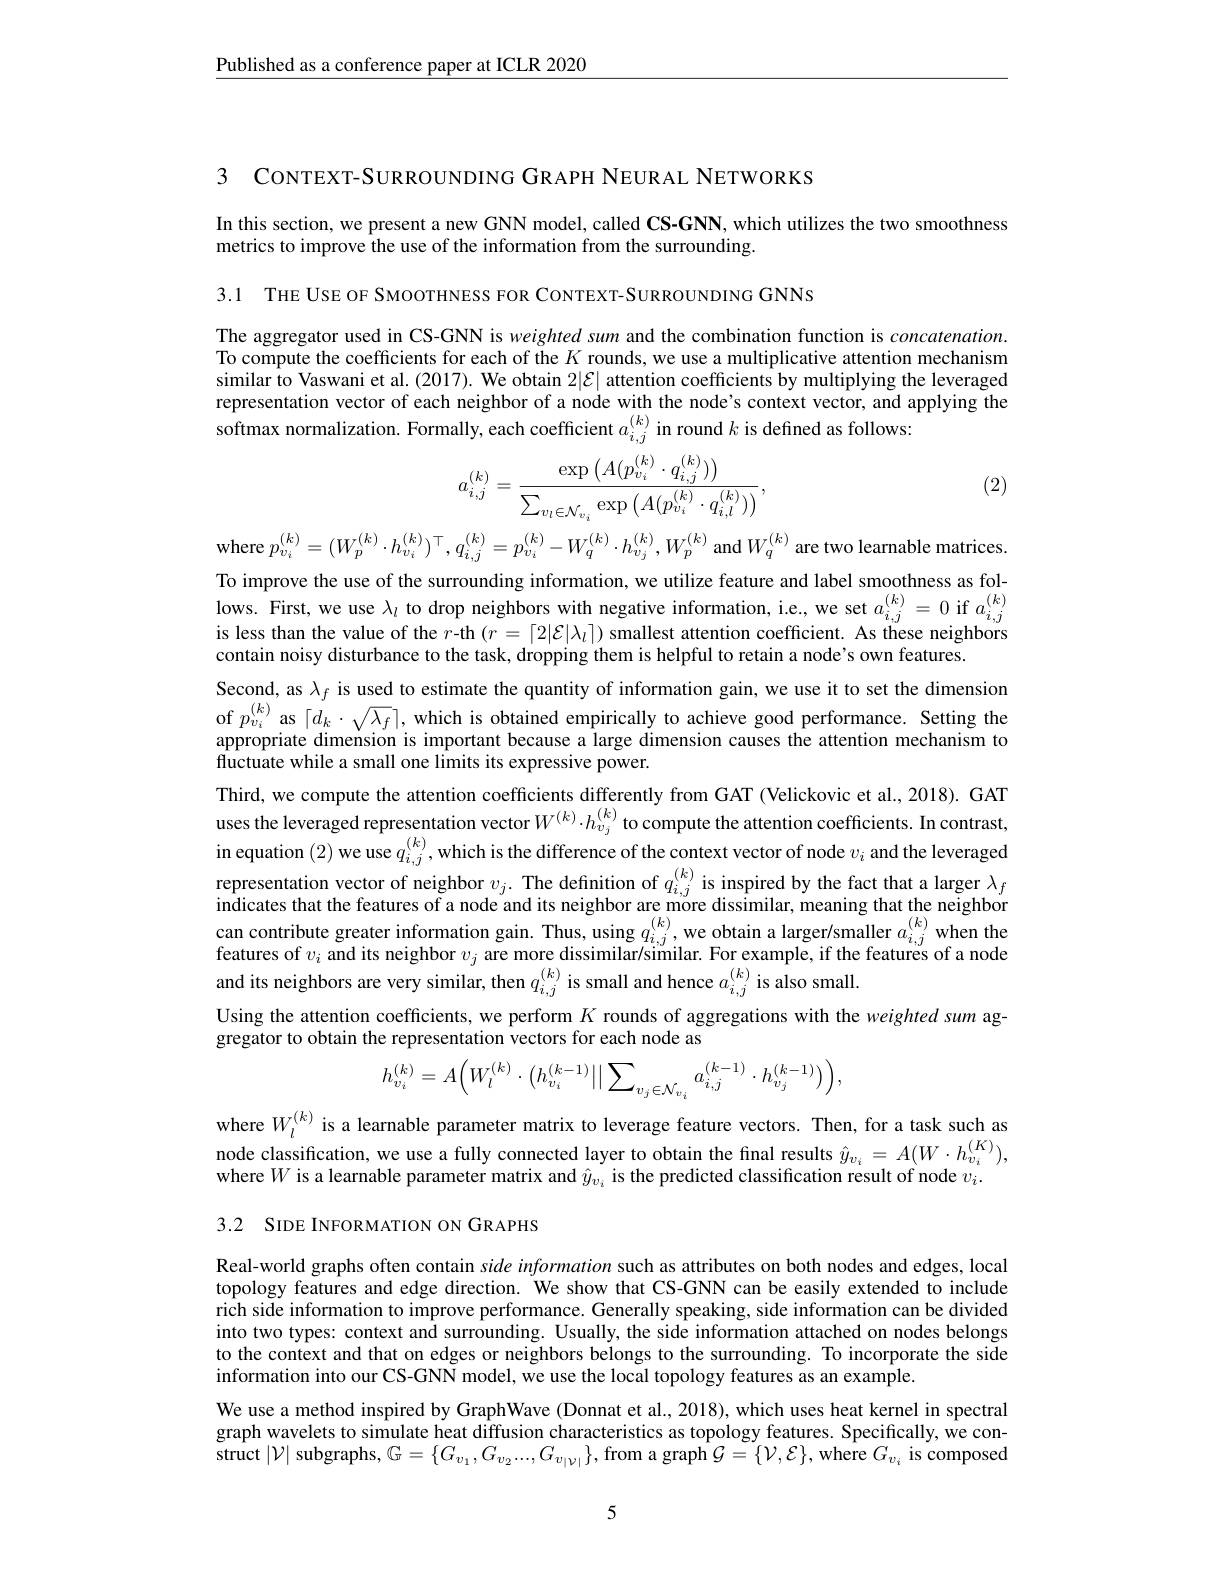
$\underline{\text{Published as a conference paper at ICLR 2020}}$

3 CONTEXT-SURROUNDING GRAPH NEURAL NETWORKS

In this section, we present a new GNN model, called CS-GNN, which utilizes the two smoothness
metrics to improve the use of the information from the surrounding.

3.1 THE USE OF SMOOTHNESS FOR CONTEXT-SURROUNDING GNNS

The aggregator used in CS-GNN is weighted sum and the combination function is $concatenation.$ To compute the coefficients for each of the $K$ rounds, we use a multiplicative attention mechanism similar to Vaswani et al. (2017). We obtain $2|\mathcal{E}|$ attention coefficients by multiplying the leveraged representation vector of each neighbor of a node with the node's context vector, and applying the softmax normalization. Formally, each coefficient $a_{i,j}^{(k)}$ in round $k$ is defined as follows:

(2)
$$a_{i,j}^{(k)}=\frac{\exp\left(A(p_{v_i}^{(k)}\cdot q_{i,j}^{(k)})\right)}{\sum_{v_l\in\mathcal{N}_{v_i}}\exp\left(A(p_{v_i}^{(k)}\cdot q_{i,l}^{(k)})\right)},$$
where $p_{v_i}^{(k)}=(W_{p}^{(k)}\cdot h_{v_i}^{(k)})^{\top},q_{i,j}^{(k)}=p_{v_i}^{(k)}-W_{q}^{(k)}\cdot h_{v_j}^{(k)},W_{p}^{(k)}$ and $W_q^{(k)}$ are two learnable matrices.

To improve the use of the surrounding information, we utilize feature and label smoothness as follows. First, we use $\lambda_l$ to drop neighbors with negative information, i.e., we set $a_{i,j}^{(k)}=0$ if $a_i,j^{(k)}$ is less than the value of the $r$-th $(r=\lceil2|\mathcal{E}|\lambda_l\rceil)$ smallest attention coefficient. As these neighbors contain noisy disturbance to the task, dropping them is helpful to retain a node's own features.
Second, as $\lambda_f$ is used to estimate the quantity of information gain, we use it to set the dimension of $p_{v_i}^{(k)}$ as $\lceil d_k\cdot\sqrt{\lambda_f}\rceil$, which is obtained empirically to achieve good performance. Setting the appropriate dimension is important because a large dimension causes the attention mechanism to fluctuate while a small one limits its expressive power.
Third, we compute the attention coefficients differently from GAT (Velickovic et al., 2018). GAT uses the leveraged representation vector $W^{(k)}\cdot h_{v_j}^{(k)}$ to compute the attention coefficients. In contrast, in equation (2) we use $q_i,j^{(k)}$, which is the difference of the context vector of node $v_i$ and the leveraged representation vector of neighbor $v_j.$ The definition of $q_{i,j}^{(k)}$ is inspired by the fact that a larger $\lambda_f$indicates that the features of a node and its neighbor are more dissimilar; meaning that the neighbor can contribute greater informatio features of $v_i$ and its neighbor $v_j$ are more dissimilar/similar. For example, if the features of a node and its neighbors are very similar, then $q_{i,j}^{(k)}$ is small and hence $a_i,j^{(k)}$ is also small.
Using the attention coefficients, we perform $K$ rounds of aggregations with the weighted sum ag-
gregator to obtain the representation vectors for each node as
$$h_{v_{i}}^{(k)}=A\Big(W_{l}^{(k)}\cdot\big(h_{v_{i}}^{(k-1)}\big|\big|\sum_{v_{j}\in\mathcal{N}_{v_{i}}}a_{i,j}^{(k-1)}\cdot h_{v_{j}}^{(k-1)}\big)\Big),$$
where $W_l^{(k)}$ is a learnable parameter matrix to leverage feature vectors. Then, for a task such as node classification, we use a fully connected layer to obtain the final results $\hat{y}_{v_i}=A(W\cdot h_{v_i}^{(K)})$, where $W$ is a learnable parameter matrix and $\hat{y}_{v_i}$ is the predicted classification result of node $v_i.$

3.2 SIDE INFORMATION ON GRAPHS

Real-world graphs often contain side information such as attributes on both nodes and edges, local topology features and edge direction. We show that CS-GNN can be easily extended to include rich side information to improve performance. Generally speaking, side information can be divided into two types: context and surrounding. Usually, the side information attached on nodes belongs to the context and that on edges or neighbors belongs to the surrounding. To incorporate the side information into our CS-GNN model, we use the local topology features as an example.
We use a method inspired by GraphWave (Donnat et al., 2018), which uses heat kernel in spectral graph wavelets to simulate heat diffusion characteristics as topology features. Specifically, we con- $\tilde{\text{struct }} | \mathcal{V} |$ subgraphs, G$=\{G_v_1,G_{v_2}...,G_{v_{|\mathcal{V}|}}\}$, from a graph $\mathcal{G}=\{\mathcal{V},\mathcal{E}\}$, where $G_v_i$ is composed

5